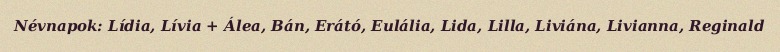
Névnapok: Lídia, Lívia + Álea, Bán, Erátó, Eulália, Lida, Lilla, Liviána, Livianna, Reginald